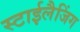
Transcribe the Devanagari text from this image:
स्टाईलैजिंग